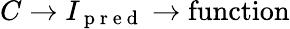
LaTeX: C\to I_{\mathrm{~p~r~e~d~}}\to\mathrm{function}